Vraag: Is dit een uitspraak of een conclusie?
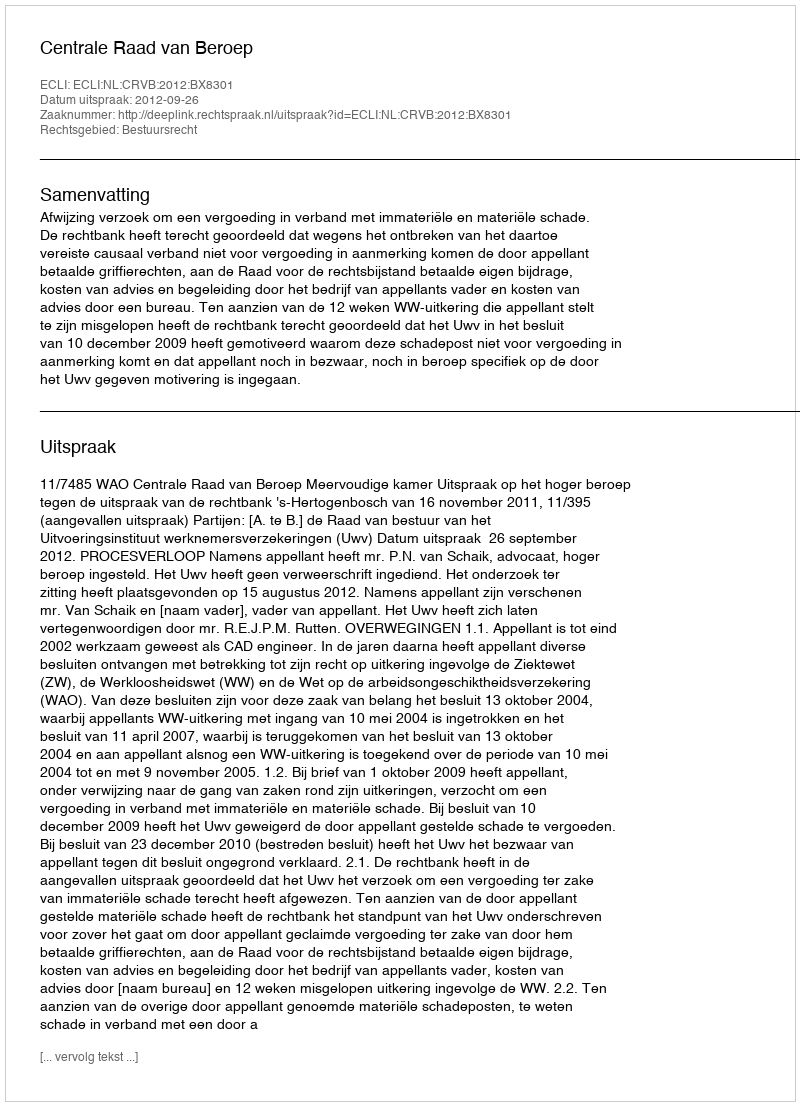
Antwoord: Uitspraak